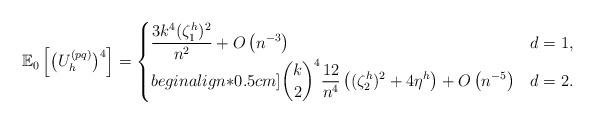
LaTeX: \begin{align*} \mathbb{E}_0\left[\big(U^{(pq)}_h\big)^4 \right] = \begin{cases} \displaystyle\frac{3k^{4}(\zeta^h_1)^2}{n^2} + O\left(n^{-3}\right) & d = 1,\\begin{align*}0.5cm] \displaystyle {k \choose 2}^4\frac{12}{n^{4}}\left((\zeta_2^h)^2+ 4\eta^h\right)+ O\left(n^{-5}\right) & d = 2. \end{cases}\end{align*}